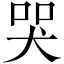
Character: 哭